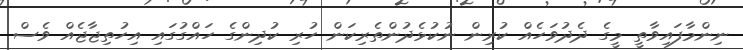
ނިންމާފައިވާތީ މީގެ ދެދުވަހެއް ކުރިން ނުކުޅެދުންތެރިކަން ހުރި ކުދިންގެ ހައްގުގައި އިހުތިޖާޖެއް ވެސް